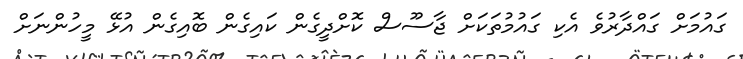
ގައުމަށް ގައްދާރުވެ އެކި ގައުމުތަކަށް ޖާސޫސް ކޮށްދީގެން ކައިގެން ބޮއިގެން އުޅޭ މީހުންނަށް